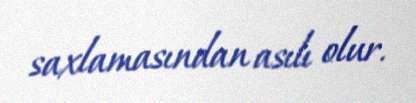
saxlamasından asılı olur.